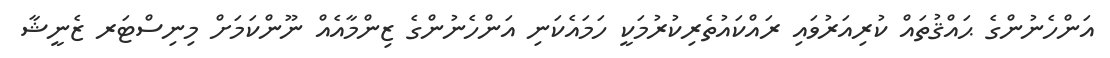
އަންހެނުންގެ ޙައްޤުތައް ކުރިއަރުވައި ރައްކައުތެރިކުރުމަކީ ހަމައެކަނި އަންހެނުންގެ ޒިންމާއެއް ނޫންކަމަށް މިނިސްޓަރ ޒެނީޝާ